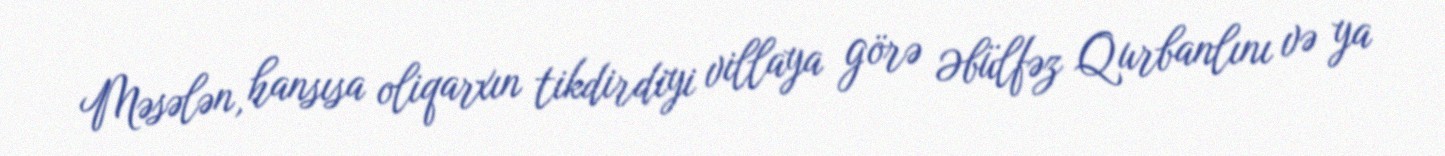
Məsələn, hansısa oliqarxın tikdirdiyi villaya görə Əbülfəz Qurbanlını və ya